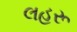
લહરૂ